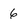
Character: 6